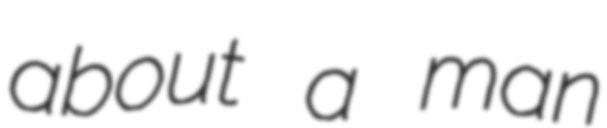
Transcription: about a man